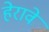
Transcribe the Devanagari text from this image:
हेरावे